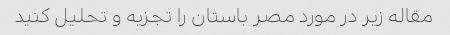
مقاله زیر در مورد مصر باستان را تجزیه و تحلیل کنید